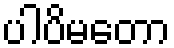
ပါပိမတော